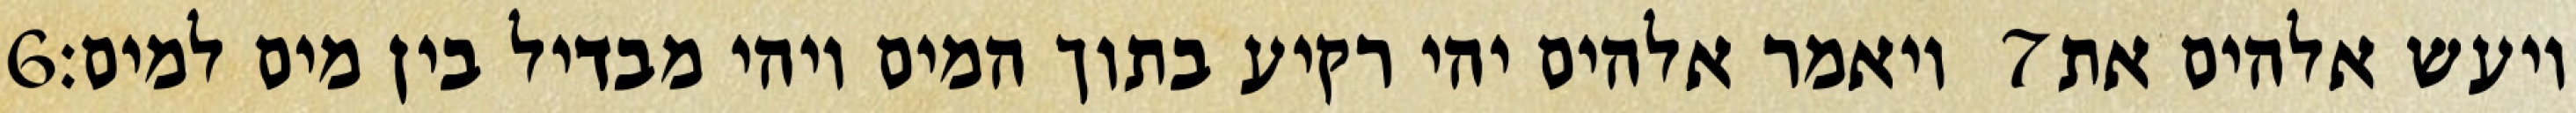
‎6‏ ויאמר אלהים יהי רקיע בתוך המים ויהי מבדיל בין מים למים׃ ‎7‏ ויעש אלהים את